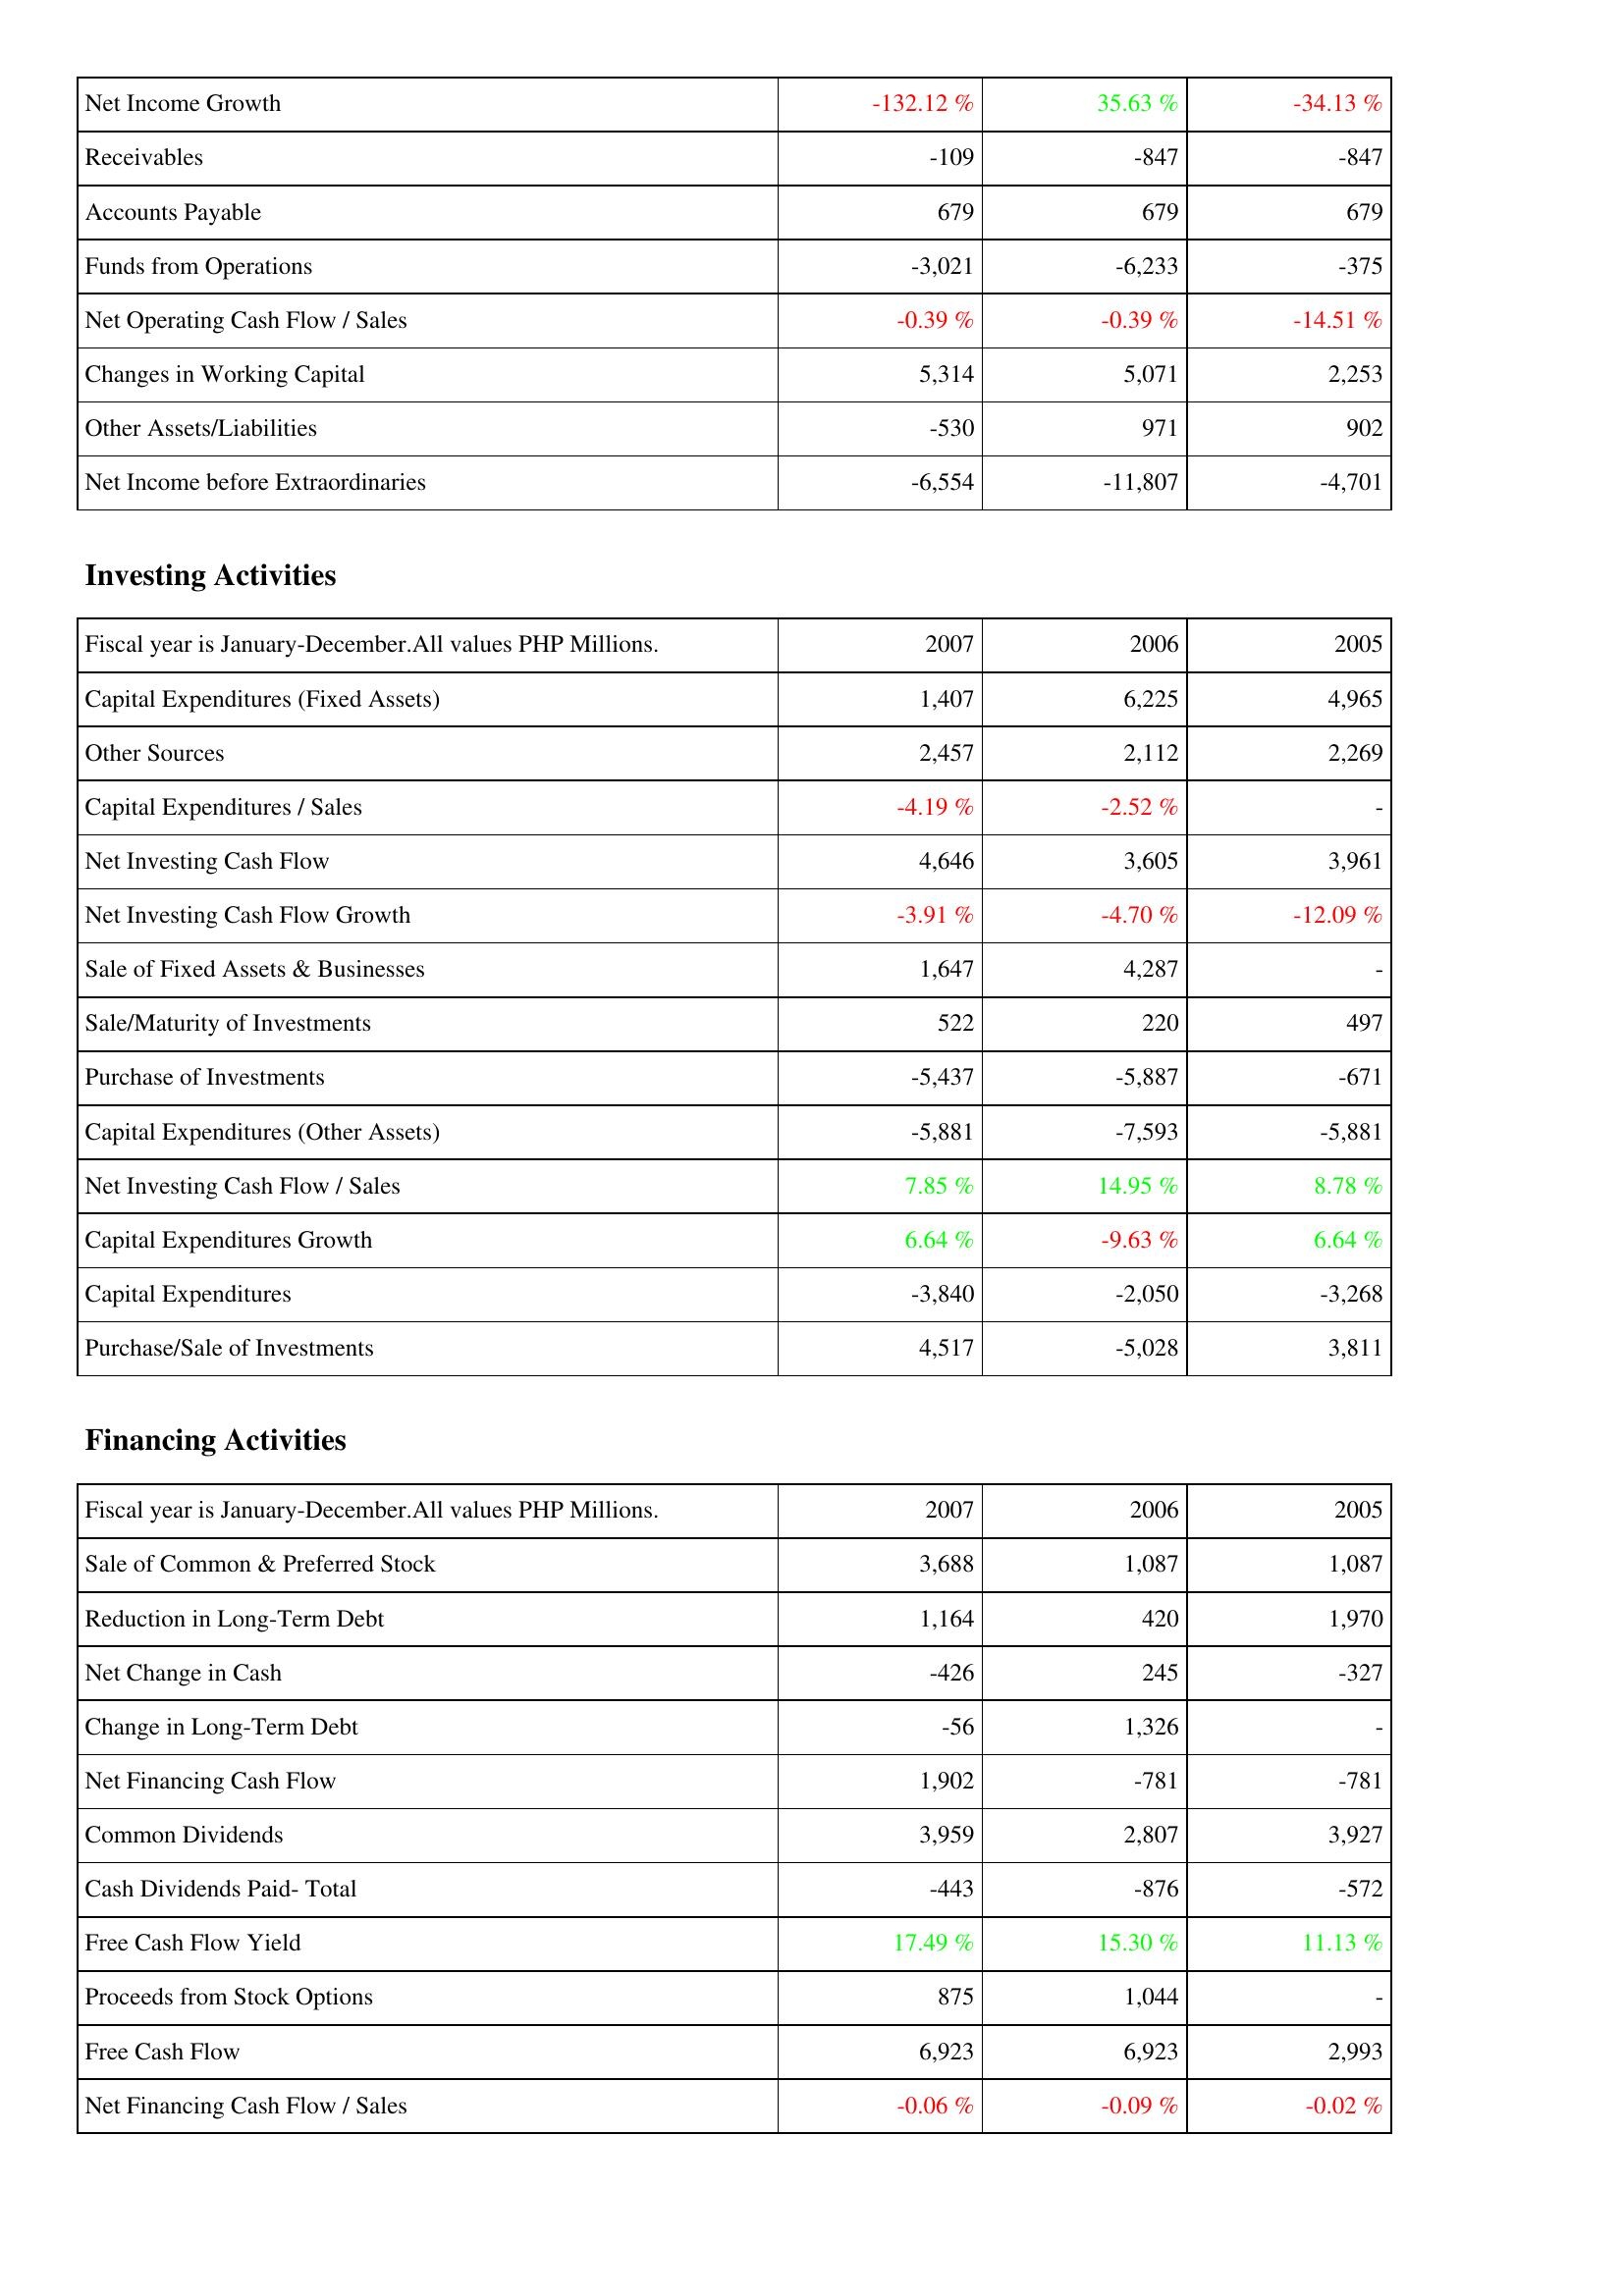
2007: Operating Activities: Net Income Growth: -132.12 %
Receivables: -109
Accounts Payable: 679
Funds from Operations: -3,021
Net Operating Cash Flow / Sales: -0.39 %
Changes in Working Capital: 5,314
Other Assets/Liabilities: -530
Net Income before Extraordinaries: -6,554
Investing Activities: Capital Expenditures (Fixed Assets): 1,407
Other Sources: 2,457
Capital Expenditures / Sales: -4.19 %
Net Investing Cash Flow: 4,646
Net Investing Cash Flow Growth: -3.91 %
Sale of Fixed Assets & Businesses: 1,647
Sale/Maturity of Investments: 522
Purchase of Investments: -5,437
Capital Expenditures (Other Assets): -5,881
Net Investing Cash Flow / Sales: 7.85 %
Capital Expenditures Growth: 6.64 %
Capital Expenditures: -3,840
Purchase/Sale of Investments: 4,517
Financing Activities: Sale of Common & Preferred Stock: 3,688
Reduction in Long-Term Debt: 1,164
Net Change in Cash: -426
Change in Long-Term Debt: -56
Net Financing Cash Flow: 1,902
Common Dividends: 3,959
Cash Dividends Paid- Total: -443
Free Cash Flow Yield: 17.49 %
Proceeds from Stock Options: 875
Free Cash Flow: 6,923
Net Financing Cash Flow / Sales: -0.06 %
2006: Operating Activities: Net Income Growth: 35.63 %
Receivables: -847
Accounts Payable: 679
Funds from Operations: -6,233
Net Operating Cash Flow / Sales: -0.39 %
Changes in Working Capital: 5,071
Other Assets/Liabilities: 971
Net Income before Extraordinaries: -11,807
Investing Activities: Capital Expenditures (Fixed Assets): 6,225
Other Sources: 2,112
Capital Expenditures / Sales: -2.52 %
Net Investing Cash Flow: 3,605
Net Investing Cash Flow Growth: -4.70 %
Sale of Fixed Assets & Businesses: 4,287
Sale/Maturity of Investments: 220
Purchase of Investments: -5,887
Capital Expenditures (Other Assets): -7,593
Net Investing Cash Flow / Sales: 14.95 %
Capital Expenditures Growth: -9.63 %
Capital Expenditures: -2,050
Purchase/Sale of Investments: -5,028
Financing Activities: Sale of Common & Preferred Stock: 1,087
Reduction in Long-Term Debt: 420
Net Change in Cash: 245
Change in Long-Term Debt: 1,326
Net Financing Cash Flow: -781
Common Dividends: 2,807
Cash Dividends Paid- Total: -876
Free Cash Flow Yield: 15.30 %
Proceeds from Stock Options: 1,044
Free Cash Flow: 6,923
Net Financing Cash Flow / Sales: -0.09 %
2005: Operating Activities: Net Income Growth: -34.13 %
Receivables: -847
Accounts Payable: 679
Funds from Operations: -375
Net Operating Cash Flow / Sales: -14.51 %
Changes in Working Capital: 2,253
Other Assets/Liabilities: 902
Net Income before Extraordinaries: -4,701
Investing Activities: Capital Expenditures (Fixed Assets): 4,965
Other Sources: 2,269
Capital Expenditures / Sales: -
Net Investing Cash Flow: 3,961
Net Investing Cash Flow Growth: -12.09 %
Sale of Fixed Assets & Businesses: -
Sale/Maturity of Investments: 497
Purchase of Investments: -671
Capital Expenditures (Other Assets): -5,881
Net Investing Cash Flow / Sales: 8.78 %
Capital Expenditures Growth: 6.64 %
Capital Expenditures: -3,268
Purchase/Sale of Investments: 3,811
Financing Activities: Sale of Common & Preferred Stock: 1,087
Reduction in Long-Term Debt: 1,970
Net Change in Cash: -327
Change in Long-Term Debt: -
Net Financing Cash Flow: -781
Common Dividends: 3,927
Cash Dividends Paid- Total: -572
Free Cash Flow Yield: 11.13 %
Proceeds from Stock Options: -
Free Cash Flow: 2,993
Net Financing Cash Flow / Sales: -0.02 %